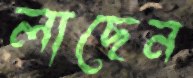
লাছেন